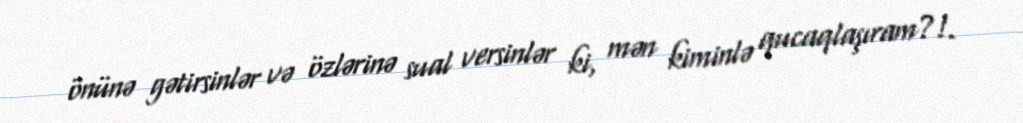
önünə gətirsinlər və özlərinə sual versinlər ki, mən kiminlə qucaqlaşıram?!.